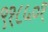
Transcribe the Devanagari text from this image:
९१८५०१